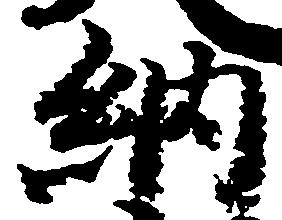
納